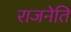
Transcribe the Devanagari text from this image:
राजनेति